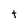
Character: t